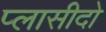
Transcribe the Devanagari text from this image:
प्लासीदो